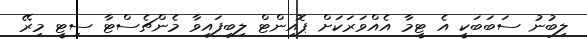
ލިބުނު ސަބަބަކީ އެ ޓީމާ އެއްވަރަކަށް ޕޮއިންޓް ލިބިފައިވާ މެންޗެސްޓާ ސިޓީ މިރޭ